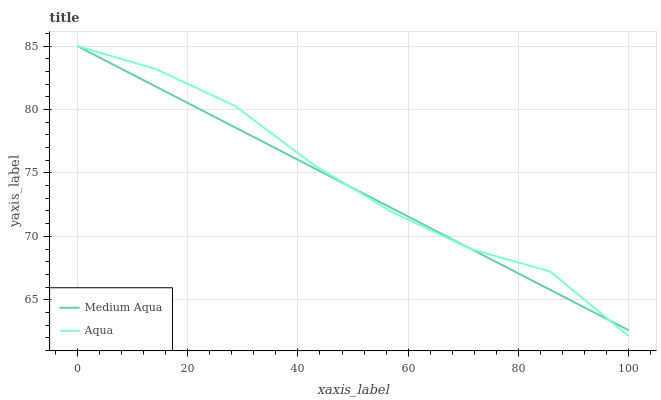
| xaxis_label | Medium Aqua | Aqua |
 | --- | --- | --- |
 | 0 | 85 | 85 |
 | 14.3 | 81.8 | 83.2 |
 | 28.6 | 78.6 | 80.3 |
 | 42.9 | 75.4 | 75.6 |
 | 57.1 | 72.2 | 71.9 |
 | 71.4 | 69 | 69 |
 | 85.7 | 65.8 | 67.2 |
 | 100 | 62.6 | 62.1 |